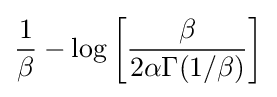
{\frac {1}{\beta }}-\log \left[{\frac {\beta }{2\alpha \Gamma (1/\beta )}}\right]